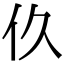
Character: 𬽧